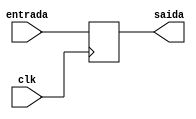
module PC (entrada,saida,clk);
  input clk;
  input [31:0] entrada;
  output reg[31:0] saida;
  always @ (posedge clk) begin
    saida = entrada;
  end
endmodule //PC